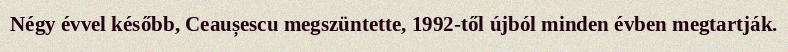
Négy évvel később, Ceaușescu megszüntette, 1992-től újból minden évben megtartják.